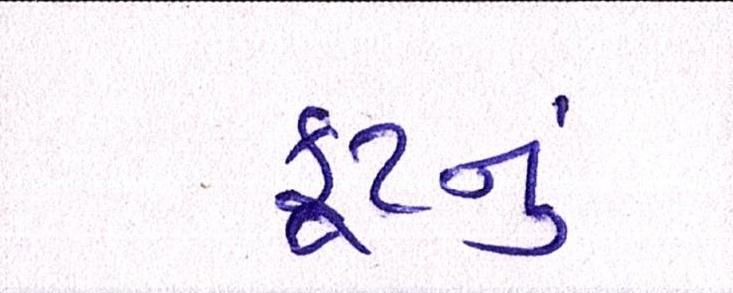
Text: ફૂટનું